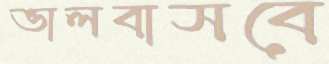
ভালবাসবে